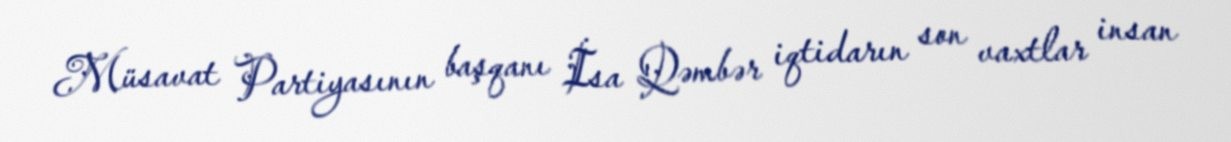
Müsavat Partiyasının başqanı İsa Qəmbər iqtidarın son vaxtlar insan